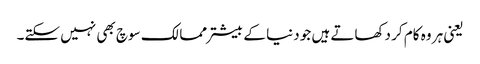
یعنی ہر وہ کام کر دکھاتے ہیں جو دنیا کے بیشتر ممالک سوچ بھی نہیں سکتے۔